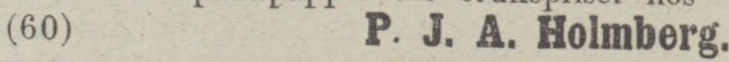
(60)    P. J. A. Holmberg.